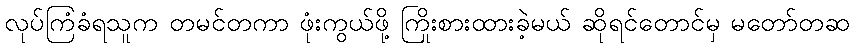
လုပ်ကြံခံရသူက တမင်တကာ ဖုံးကွယ်ဖို့ ကြိုးစားထားခဲ့မယ် ဆိုရင်တောင်မှ မတော်တဆ